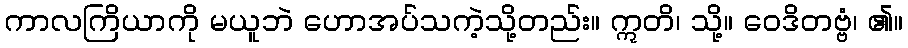
ကာလကြိယာကို မယူဘဲ ဟောအပ်သကဲ့သို့တည်း။ ဣတိ၊ သို့။ ဝေဒိတဗ္ဗံ၊ ၏။